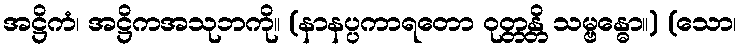
အဋ္ဌိကံ၊ အဋ္ဌိကအသုဘကို။ (နာနပ္ပကာရတော ဝုတ္တန္တိ သမ္ဗန္ဓော။) (သော၊